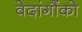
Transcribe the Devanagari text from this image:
वेदांगौंको